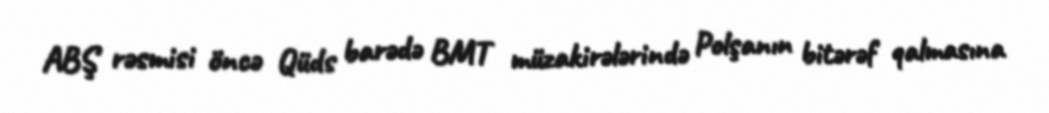
ABŞ rəsmisi öncə Qüds barədə BMT müzakirələrində Polşanın bitərəf qalmasına